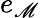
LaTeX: e_{\mathscr{M}}